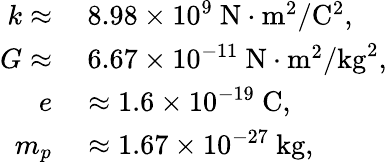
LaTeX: \begin{array}{rl}{k\approx}&{{}~8.98\times 10^{9}~\mathrm{N\cdot m^{2}/C^{2}},}\\ {G\approx}&{{}~6.67\times 10^{-11}~\mathrm{N\cdot m^{2}/kg^{2}},}\\ {e}&{{}\approx 1.6\times 10^{-19}~\mathrm{C},}\\ {m_{p}}&{{}\approx 1.67\times 10^{-27}~\mathrm{kg},}\end{array}